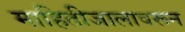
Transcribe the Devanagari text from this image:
माहितीजालावरून